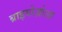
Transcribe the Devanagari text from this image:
ब्राइयोज़ोआ